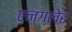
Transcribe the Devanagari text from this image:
एन्ग्लेर